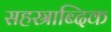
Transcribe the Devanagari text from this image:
सहस्राब्दिक